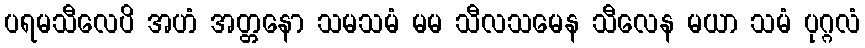
ပရမသီလေပိ အဟံ အတ္တနော သမသမံ မမ သီလသမေန သီလေန မယာ သမံ ပုဂ္ဂလံ